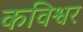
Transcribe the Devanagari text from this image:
कविश्वर